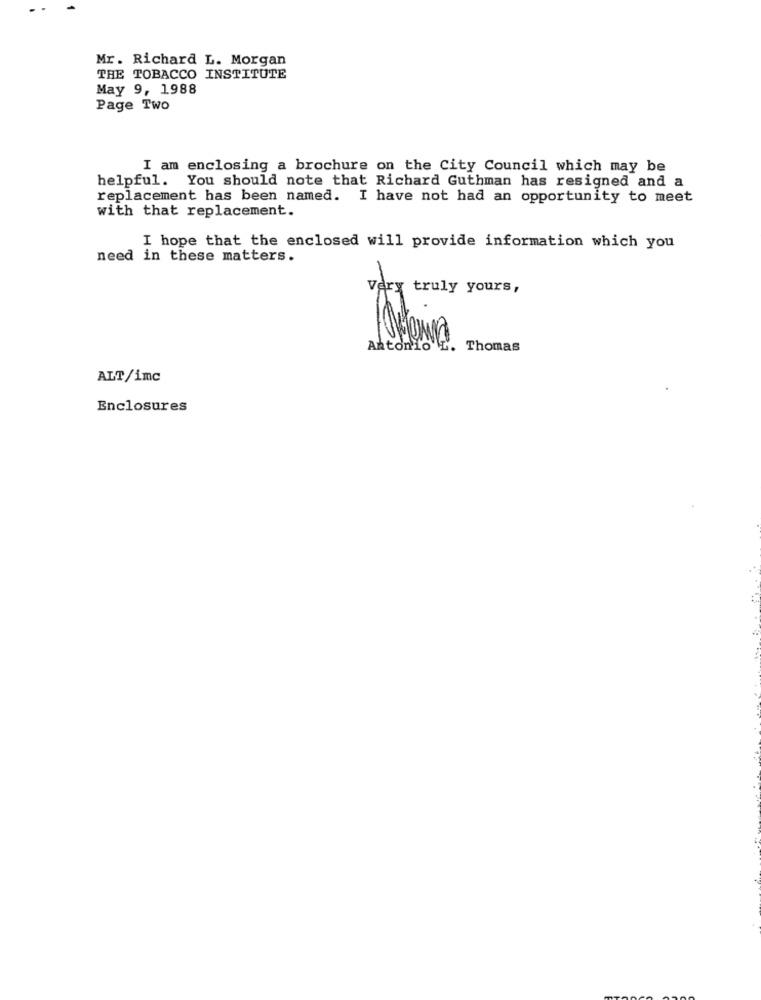
Mr. Richard L. Morgan
THE TOBACCO INSTITUTE
May 9, 1988
Page Two
I am enclosing a brochure on the City Council which may be
helpful. You should note that Richard Guthman has resigned and a
replacement has been named. I have not had an opportunity to meet
with that replacement.
I hope that the enclosed will provide information which you
need in these matters.
Very truly yours,
Antonio
Thomas
ALT/imc
Enclosures